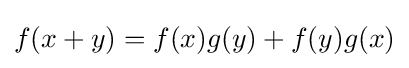
f(x+y)=f(x)g(y)+f(y)g(x)